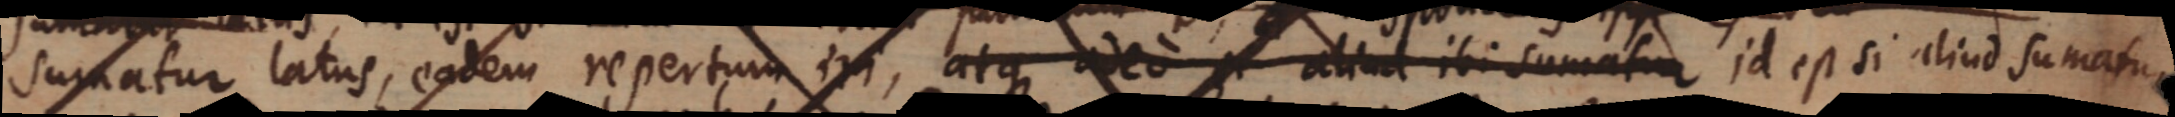
sumatur latus, eodem repertum isi, atque adeo aliud ibi sumatur id est si aliud sumatur